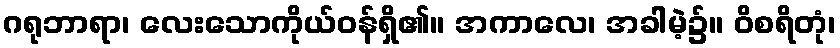
ဂရုဘာရာ၊ လေးသောကိုယ်ဝန်ရှိ၏။ အကာလေ၊ အခါမဲ့၌။ ဝိစရိတုံ၊